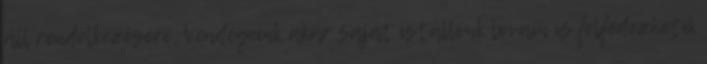
áll rendelkezésére. Vendégeink akár saját istállónk lovain is felfedezhetik